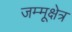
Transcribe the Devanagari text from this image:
जम्मूक्षेत्र